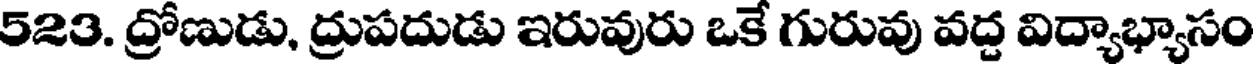
523. ద్రోణుడు, ద్రుపదుడు ఇరువురు ఒకే గురువు వద్ద విద్యాభ్యాసం